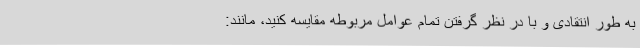
به طور انتقادی و با در نظر گرفتن تمام عوامل مربوطه مقایسه کنید، مانند: